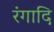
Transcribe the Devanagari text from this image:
रंगादि